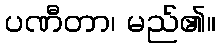
ပဏီတာ၊ မည်၏။